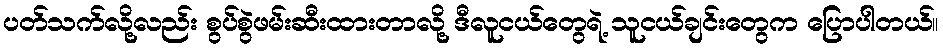
ပတ်သက်လို့လည်း စွပ်စွဲဖမ်းဆီးထားတာလို့ ဒီလူငယ်တွေရဲ့ သူငယ်ချင်းတွေက ပြောပါတယ်။